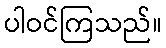
ပါဝင်ကြသည်။